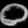
Digit: ၀